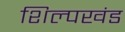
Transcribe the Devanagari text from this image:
शिल्पखंड